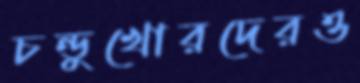
চন্ডুখোরদেরও